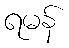
ရမန်